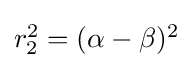
\textstyle r_{2}^{2}=(\alpha -\beta )^{2}